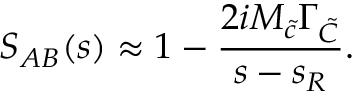
S _ { A B } ( s ) \approx 1 - \frac { 2 i M _ { \tilde { c } } \Gamma _ { \tilde { C } } } { s - s _ { R } } .